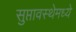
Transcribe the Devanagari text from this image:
सुप्तावस्थेमध्ये